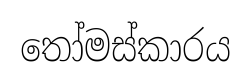
තෝමස්කාරය